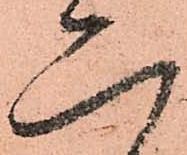
二